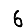
Digit: 6